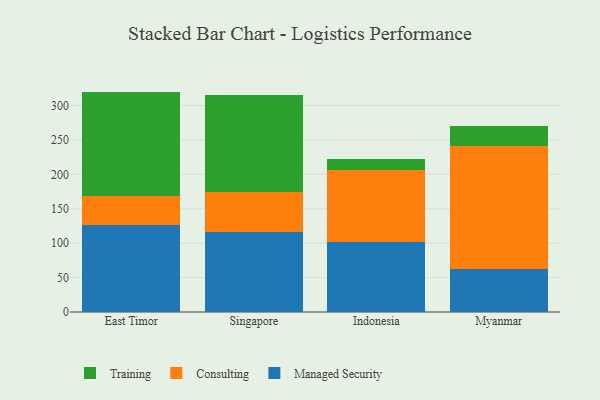
{"axis": {"x": "Country", "y": "Tickets Resolved"}, "legend": ["Consulting", "Managed Security", "Training"], "data": [{"x": "East Timor", "y": 126.7, "type": "Managed Security"}, {"x": "East Timor", "y": 42.3, "type": "Consulting"}, {"x": "East Timor", "y": 151.2, "type": "Training"}, {"x": "Singapore", "y": 116.6, "type": "Managed Security"}, {"x": "Singapore", "y": 58.4, "type": "Consulting"}, {"x": "Singapore", "y": 140.0, "type": "Training"}, {"x": "Indonesia", "y": 102.3, "type": "Managed Security"}, {"x": "Indonesia", "y": 104.4, "type": "Consulting"}, {"x": "Indonesia", "y": 15.4, "type": "Training"}, {"x": "Myanmar", "y": 62.9, "type": "Managed Security"}, {"x": "Myanmar", "y": 177.9, "type": "Consulting"}, {"x": "Myanmar", "y": 29.7, "type": "Training"}]}